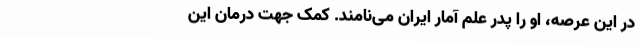
در این عرصه، او را پدر علم آمار ایران می‌نامند. کمک جهت درمان این